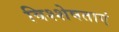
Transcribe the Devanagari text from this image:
विश्शेषताएं